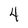
Character: 4